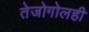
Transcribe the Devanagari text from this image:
तेजोगोलही